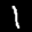
Label: 1